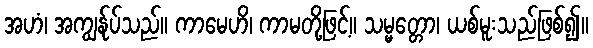
အဟံ၊ အကျွန်ုပ်သည်။ ကာမေဟိ၊ ကာမတို့ဖြင့်။ သမ္မတ္တော၊ ယစ်မူးသည်ဖြစ်၍။